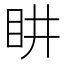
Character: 𭾠